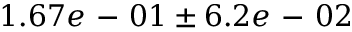
1 . 6 7 e \mathrm { ~ - ~ } 0 1 \pm 6 . 2 e \mathrm { ~ - ~ } 0 2